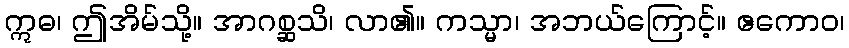
ဣဓ၊ ဤအိမ်သို့။ အာဂစ္ဆသိ၊ လာ၏။ ကသ္မာ၊ အဘယ်ကြောင့်။ ဧကောဝ၊